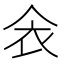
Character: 𲀥